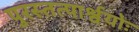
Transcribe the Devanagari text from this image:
पुरस्तत्पार्श्वयोः